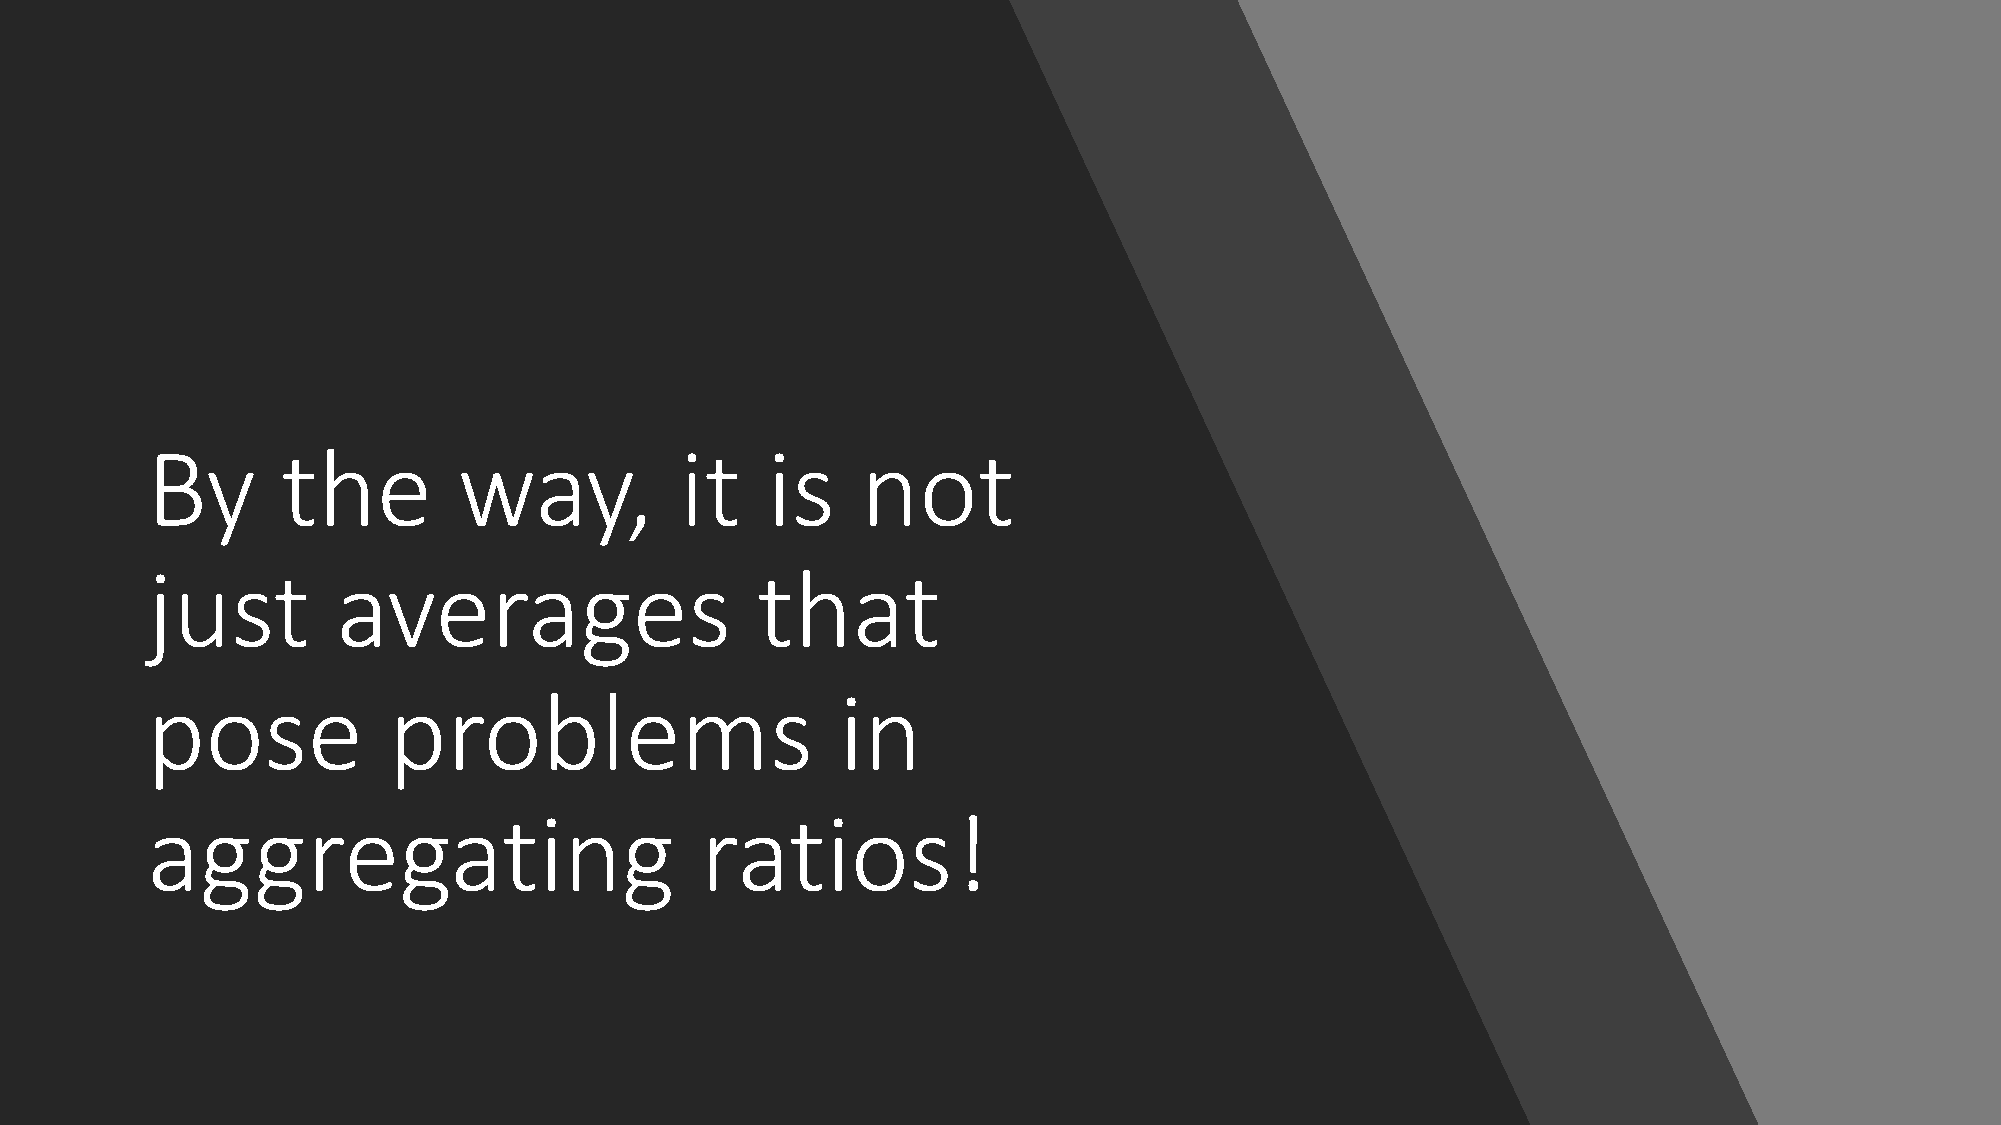
By       the        way,           it    is    not
 just        averages                    that
 pose            problems                      in
 aggregating                         ratios!